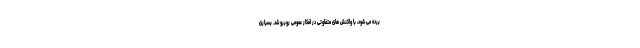
برده می شود، با واکنش های متفاوتی در افکار عمومی روبرو شد. بسیاری